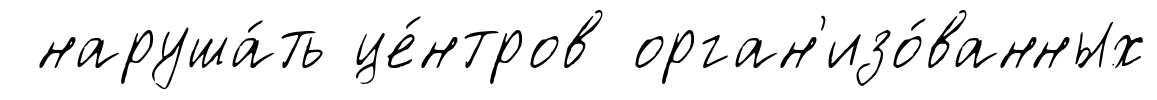
наруша́ть це́нтров орган'изо́ванных